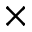
\times